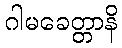
ဂါမခေတ္တာနိ